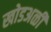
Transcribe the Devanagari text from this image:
खोडअळी